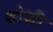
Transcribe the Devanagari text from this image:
डोशी